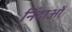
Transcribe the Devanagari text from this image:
निंदाओं